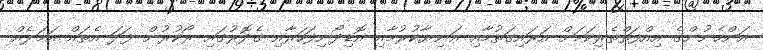
އަންހެނުންގެ އިއްފަތްތެރިކަމަށް އަރައިގަތުމާއި އަނިޔާކުރުމާއި އޮޑިދޯނިފަހަރާއި ގެދޮރުގައި ރޯކުރުން ފަދަ އެތައް އަމަލެއް